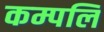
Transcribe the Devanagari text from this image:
कम्पलि